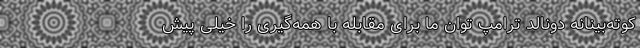
کوته‌بینانه دونالد ترامپ توان ما برای مقابله با همه‌گیری را خیلی پیش